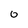
Character: 0